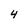
Character: 4